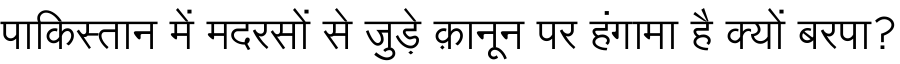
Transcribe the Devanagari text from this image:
पाकिस्तान में मदरसों से जुड़े क़ानून पर हंगामा है क्यों बरपा?